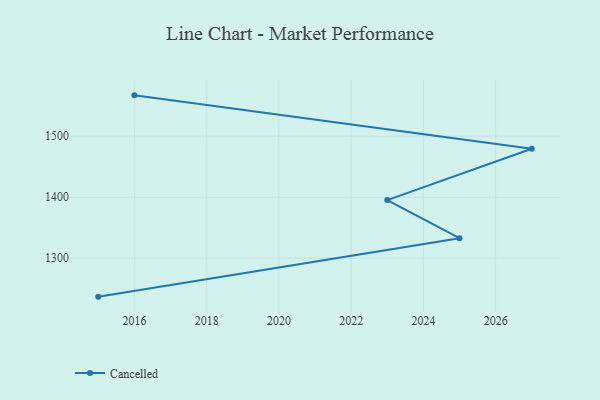
{"axis": {"x": "Year", "y": "Churn Rate (%)"}, "legend": ["Cancelled"], "data": [{"x": "2016", "y": 1566.9, "type": "Cancelled"}, {"x": "2027", "y": 1479.4, "type": "Cancelled"}, {"x": "2023", "y": 1395.2, "type": "Cancelled"}, {"x": "2025", "y": 1332.7, "type": "Cancelled"}, {"x": "2015", "y": 1236.9, "type": "Cancelled"}]}